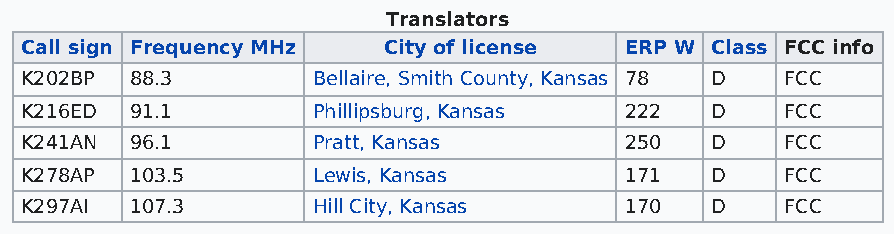
Translators
 Call sign Frequency MHz City of license ERP W Class FCC info
 K202BP  88.3        Bellaire, Smith County, Kansas 78 D FCC
 K216ED  91.1        Phillipsburg, Kansas 222  D    FCC
 K241AN  96.1        Pratt, Kansas       250   D    FCC
 K278AP  103.5       Lewis, Kansas       171   D    FCC
 K297AI  107.3       Hill City, Kansas   170   D    FCC